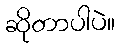
ဆိုတာပါပဲ။